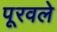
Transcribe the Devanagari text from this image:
पूरवले